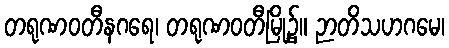
တရုဏဝတီနဂရေ၊ တရုဏဝတီမြို့၌။ ဉာတိသဟဂမေ၊